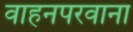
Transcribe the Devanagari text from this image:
वाहनपरवाना